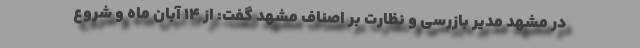
در مشهد مدیر بازرسی و نظارت بر اصناف مشهد گفت: از ۱۴ آبان ماه و شروع